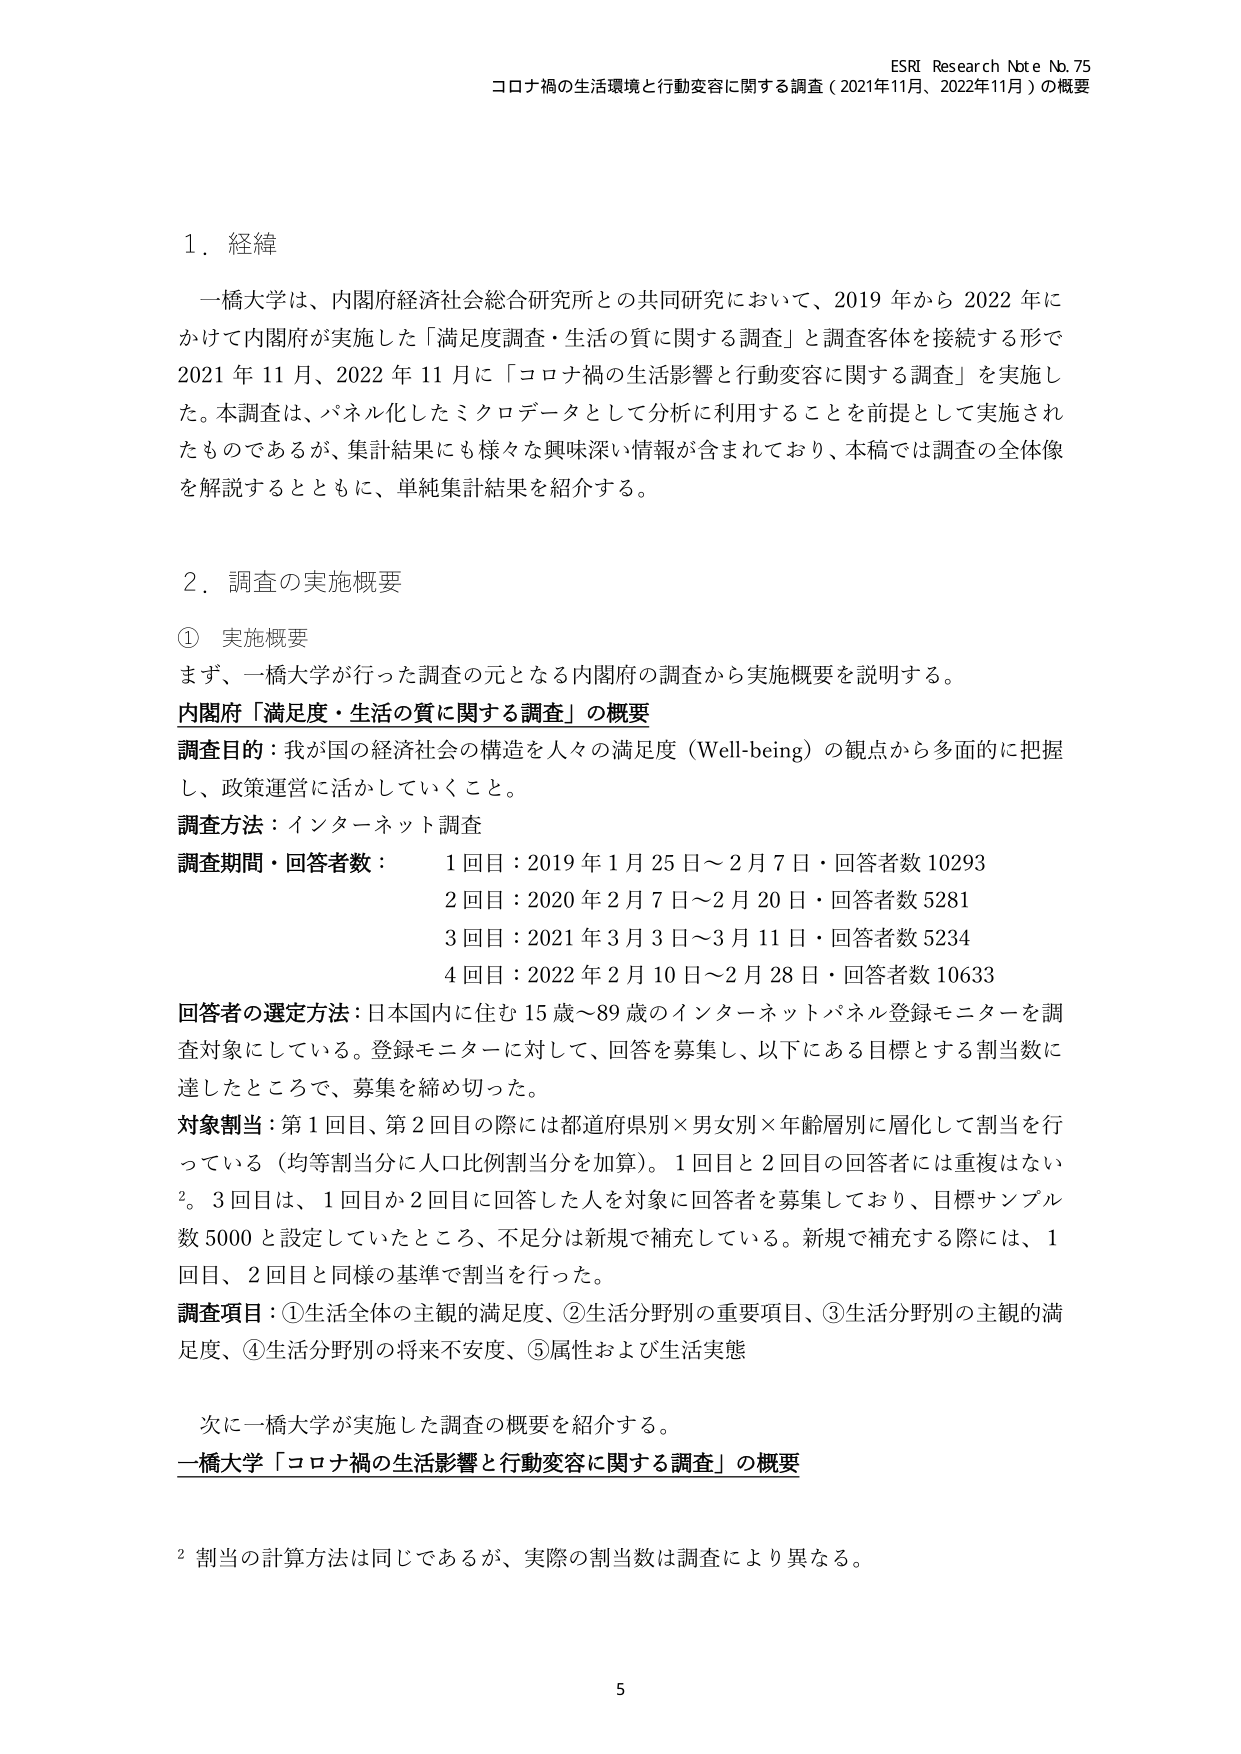
ESRI Research Note No. 75
コロナ禍の生活環境と行動変容に関する調査（2021年11月、2022年11月）の概要

1．経緯
一橋大学は、内閣府経済社会総合研究所との共同研究において、2019年から2022年にかけて内閣府が実施した「満足度調査・生活の質に関する調査」と調査客体を接続する形で2021年11月、2022年11月に「コロナ禍の生活影響と行動変容に関する調査」を実施した。本調査は、パネル化したミクロデータとして分析に利用することを前提として実施されたものであるが、集計結果にも様々な興味深い情報が含まれており、本稿では調査の全体像を解説するとともに、単純集計結果を紹介する。

2．調査の実施概要
① 実施概要
まず、一橋大学が行った調査の元となる内閣府の調査から実施概要を説明する。
内閣府「満足度・生活の質に関する調査」の概要
調査目的：我が国の経済社会の構造を人々の満足度（Well-being）の観点から多面的に把握し、政策運営に活かしていくこと。
調査方法：インターネット調査
調査期間・回答者数：
　　1回目：2019年1月25日～2月7日・回答者数10293
　　2回目：2020年2月7日～2月20日・回答者数5281
　　3回目：2021年3月3日～3月11日・回答者数5234
　　4回目：2022年2月10日～2月28日・回答者数10633
回答者の選定方法：日本国内に住む15歳～89歳のインターネットパネル登録モニターを調査対象としている。登録モニターに対して、回答を募集し、以下にある目標とする割当数に達したところで、募集を締め切った。
対象割当：第1回目、第2回目の際には都道府県別×男女別×年齢層別に層化して割当を行っている（均等割当分に人口比例割当分を加算）。1回目と2回目の回答者には重複はない²。3回目は、1回目か2回目に回答した人を対象に回答者を募集しており、目標サンプル数5000と設定していたところ、不足分は新規で補充している。新規で補充する際には、1回目、2回目と同様の基準で割当を行った。
調査項目：①生活全体の主観的満足度、②生活分野別の重要項目、③生活分野別の主観的満足度、④生活分野別の将来不安度、⑤属性および生活実態

次に一橋大学が実施した調査の概要を紹介する。
一橋大学「コロナ禍の生活影響と行動変容に関する調査」の概要

² 割当の計算方法は同じであるが、実際の割当数は調査により異なる。

5